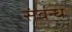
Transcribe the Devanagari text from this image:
संवन्ध